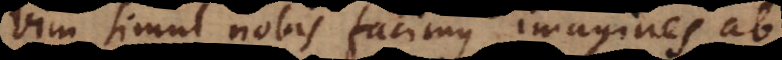
vim simul nobis facimus imagines ab